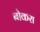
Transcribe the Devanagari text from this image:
बोकरा